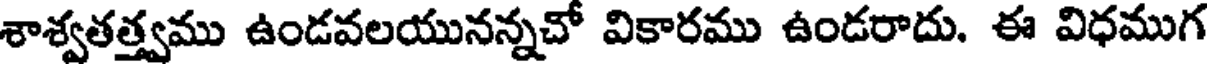
శాశ్వతత్త్వము ఉండవలయునన్నచో వికారము ఉండరాదు. ఈ విధముగ